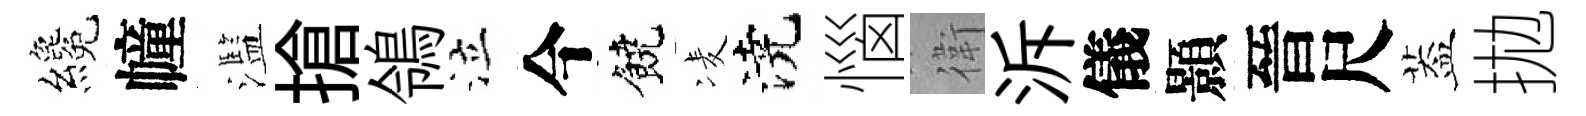
纔幢濫搶鴒泣今饒凌澆惱衛泝儀顥晉尺葢拋